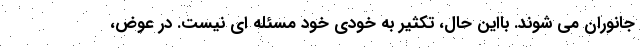
جانوران می شوند. بااین حال، تکثیر به خودی خود مسئله ای نیست. در عوض،